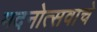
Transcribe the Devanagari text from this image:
मदनोत्सवाचे